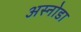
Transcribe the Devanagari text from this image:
अस्नोडा